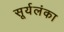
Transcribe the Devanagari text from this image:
सूर्यलंका